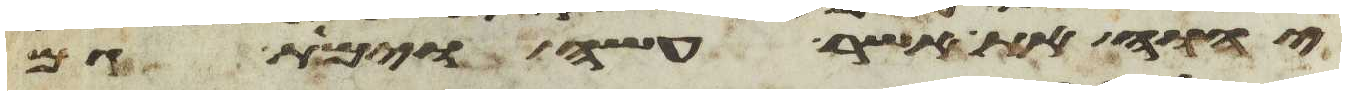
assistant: יהוה את אשר עשה וימת גם